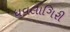
ધવલાગિરી